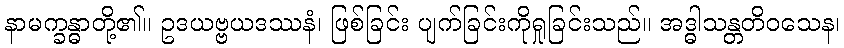
နာမက္ခန္ဓာတို့၏။ ဥဒယဗ္ဗယဒဿနံ၊ ဖြစ်ခြင်း ပျက်ခြင်းကိုရှုခြင်းသည်။ အဒ္ဓါသန္တတိဝသေန၊